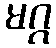
မဂ္ဂ